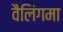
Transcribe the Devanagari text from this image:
वैलिंगमा